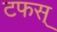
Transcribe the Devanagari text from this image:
टफस्